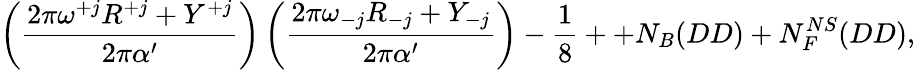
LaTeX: \left(\frac{2\pi\omega^{+j}R^{+j}+Y^{+j}}{2\pi\alpha^{\prime}}\right)\left(\frac{2\pi\omega_{-j}R_{-j}+Y_{-j}}{2\pi\alpha^{\prime}}\right)-\frac{1}{8}++N_{B}(DD)+N_{F}^{NS}(DD),